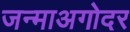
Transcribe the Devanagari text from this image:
जन्माअगोदर